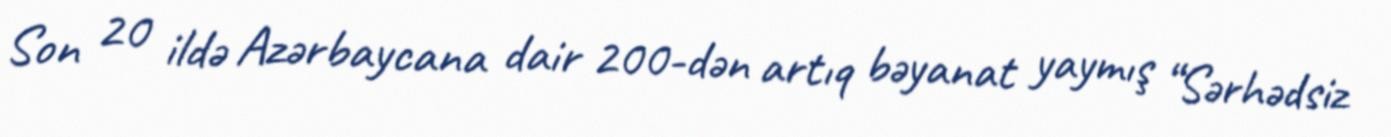
Son 20 ildə Azərbaycana dair 200-dən artıq bəyanat yaymış “Sərhədsiz